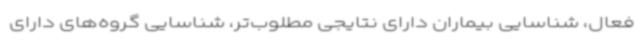
فعال، شناسایی بیماران دارای نتایجی مطلوب‌تر، شناسایی گروه‌های دارای